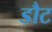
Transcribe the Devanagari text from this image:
डौट